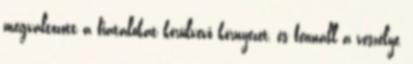
megváltozott a fiatalokat körülvevő környezet, és fennáll a veszélye,